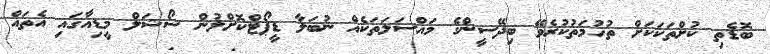
ބޮޑެތި ކުށްތަކަކަށް ތުހުމަތުކުރެވޭ ބިދޭސީންގެ މައްސަލަތަކެއް ނުބަލާ ޑީޕޯޓްކޮށްލުން ސޯޝަލް މީޑިއާގައި އެތައް